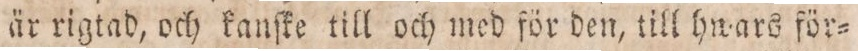
är rigtad, och kanſke till och med för den, till hwars för=